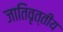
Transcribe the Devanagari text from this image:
जातिवृत्तीय